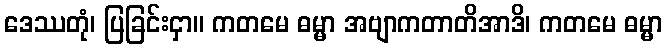
ဒေဿတုံ၊ ပြခြင်းငှာ။ ကတမေ ဓမ္မာ အဗျာကတာတိအာဒိ၊ ကတမေ ဓမ္မာ